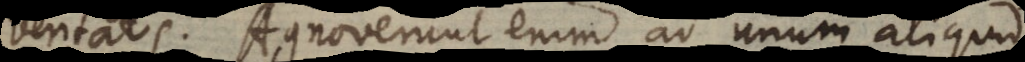
veritatis. Agnoverunt enim ad unum aliquid